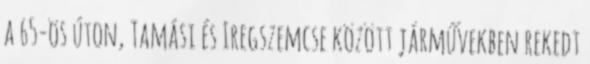
a 65-ös úton, Tamási és Iregszemcse között járművekben rekedt